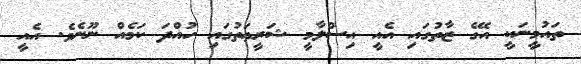
ތައުމީނަކީ އޭގެ ޒާތުގައި އެއީ އިސްލާމީ ޝަރީޢަތުގައި ހުއްދަ ކަމެއް ނޫނެވެ. އެއީ